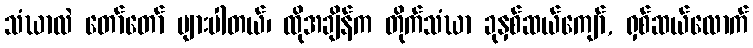
သံဃာလဲ တော်တော် များပါတယ်၊ ထိုအချိန်က တိုက်သံဃာ ခုနှစ်ဆယ်ကျော်, ရှစ်ဆယ်လောက်